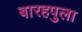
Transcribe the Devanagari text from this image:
बारहपुला